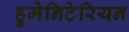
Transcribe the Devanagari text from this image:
हुमेनिटेरियन